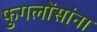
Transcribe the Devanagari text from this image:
फुगलोंसांना